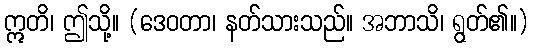
ဣတိ၊ ဤသို့။ (ဒေဝတာ၊ နတ်သားသည်။ အဘာသိ၊ ရွတ်၏။)